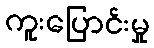
ကူးပြောင်းမှု